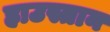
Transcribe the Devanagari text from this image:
हाउस्तान